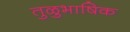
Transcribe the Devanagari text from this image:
तुळुभाषिक